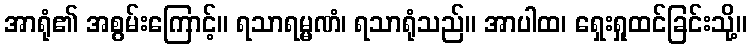
အာရုံ၏ အစွမ်းကြောင့်။ ရသာရမ္မဏံ၊ ရသာရုံသည်။ အာပါထ၊ ရှေးရှုထင်ခြင်းသို့။